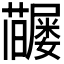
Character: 𡳶